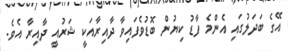
އޭގެ ބަދަލުގައި އެންމެ ފާޑު ކިޔުން ބޮޑުވެފައިވާ ދާއިރާއަކީ ޝަރުއީ ދާއިރާ އެވެ.